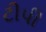
ટીપી